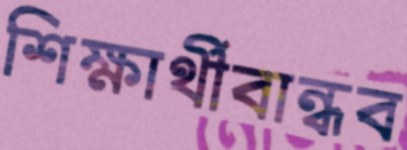
শিক্ষার্থীবান্ধব